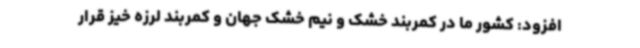
افزود: کشور ما در کمربند خشک و نیم خشک جهان و کمربند لرزه خیز قرار